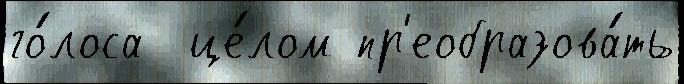
го́лоса  це́лом пр'еобразова́ть